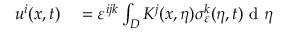
\begin{array} { r l } { u ^ { i } ( x , t ) } & { { } = \varepsilon ^ { i j k } \int _ { D } K ^ { j } ( x , \eta ) \sigma _ { \varepsilon } ^ { k } ( \eta , t ) \textrm { d } \eta } \end{array}